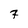
Character: 7